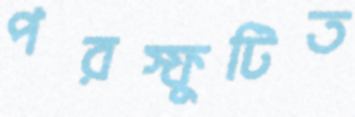
পরস্ফুটিত